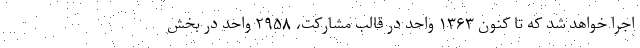
اجرا خواهد شد که تا کنون ۱۳۶۳ واحد در قالب مشارکت، ۲۹۵۸ واحد در بخش